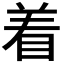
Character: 着